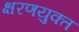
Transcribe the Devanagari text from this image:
क्षरणयुक्त